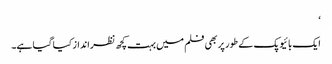
‘
ایک بائیوپک کے طور پر بھی فلم میں بہت کچھ نظرانداز کیا گیا ہے۔